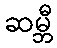
ဆမ္ဘီ